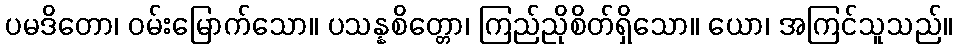
ပမဒိတော၊ ဝမ်းမြောက်သော။ ပသန္နစိတ္တော၊ ကြည်ညိုစိတ်ရှိသော။ ယော၊ အကြင်သူသည်။